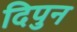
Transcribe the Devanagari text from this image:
दिपुन